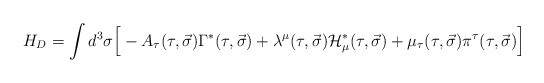
\begin{align*}H_D = \int{d^3\sigma \Big[ -A_\tau (\tau , \vec{\sigma})\Gamma^\ast (\tau , \vec{\sigma}) + \lambda^\mu (\tau , \vec{\sigma}){\cal H}^\ast_\mu (\tau , \vec{\sigma}) +\mu_\tau (\tau , \vec{\sigma}) \pi^\tau (\tau , \vec{\sigma}) \Big]}\end{align*}